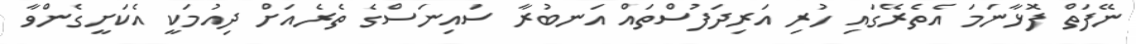
ނޭފަތް ފޮޅާނަމަ އެތެރޭގައި ހުރި އަރިދަފުސްތައް އަނބުރާ ސައިނަސްގެ ތެރެއަށް ދިއުމަކީ އެކަށީގެންވާ